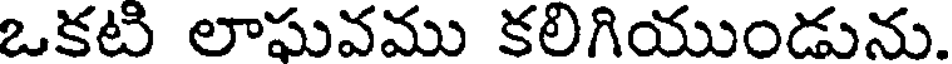
ఒకటి లాపువము కలిగియుండును.